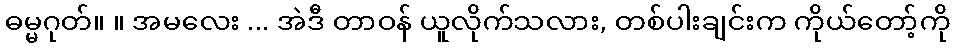
ဓမ္မဂုတ်။ ။ အမလေး ... အဲဒီ တာဝန် ယူလိုက်သလား, တစ်ပါးချင်းက ကိုယ်တော့်ကို